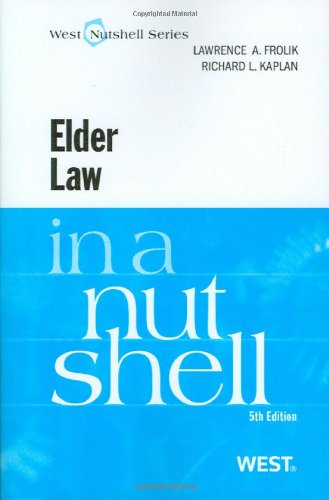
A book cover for Elder Law in a Nutshell, 5th (Nutshell Series); Lawrence Frolik; Law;